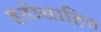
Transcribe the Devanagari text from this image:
हतोसाहित